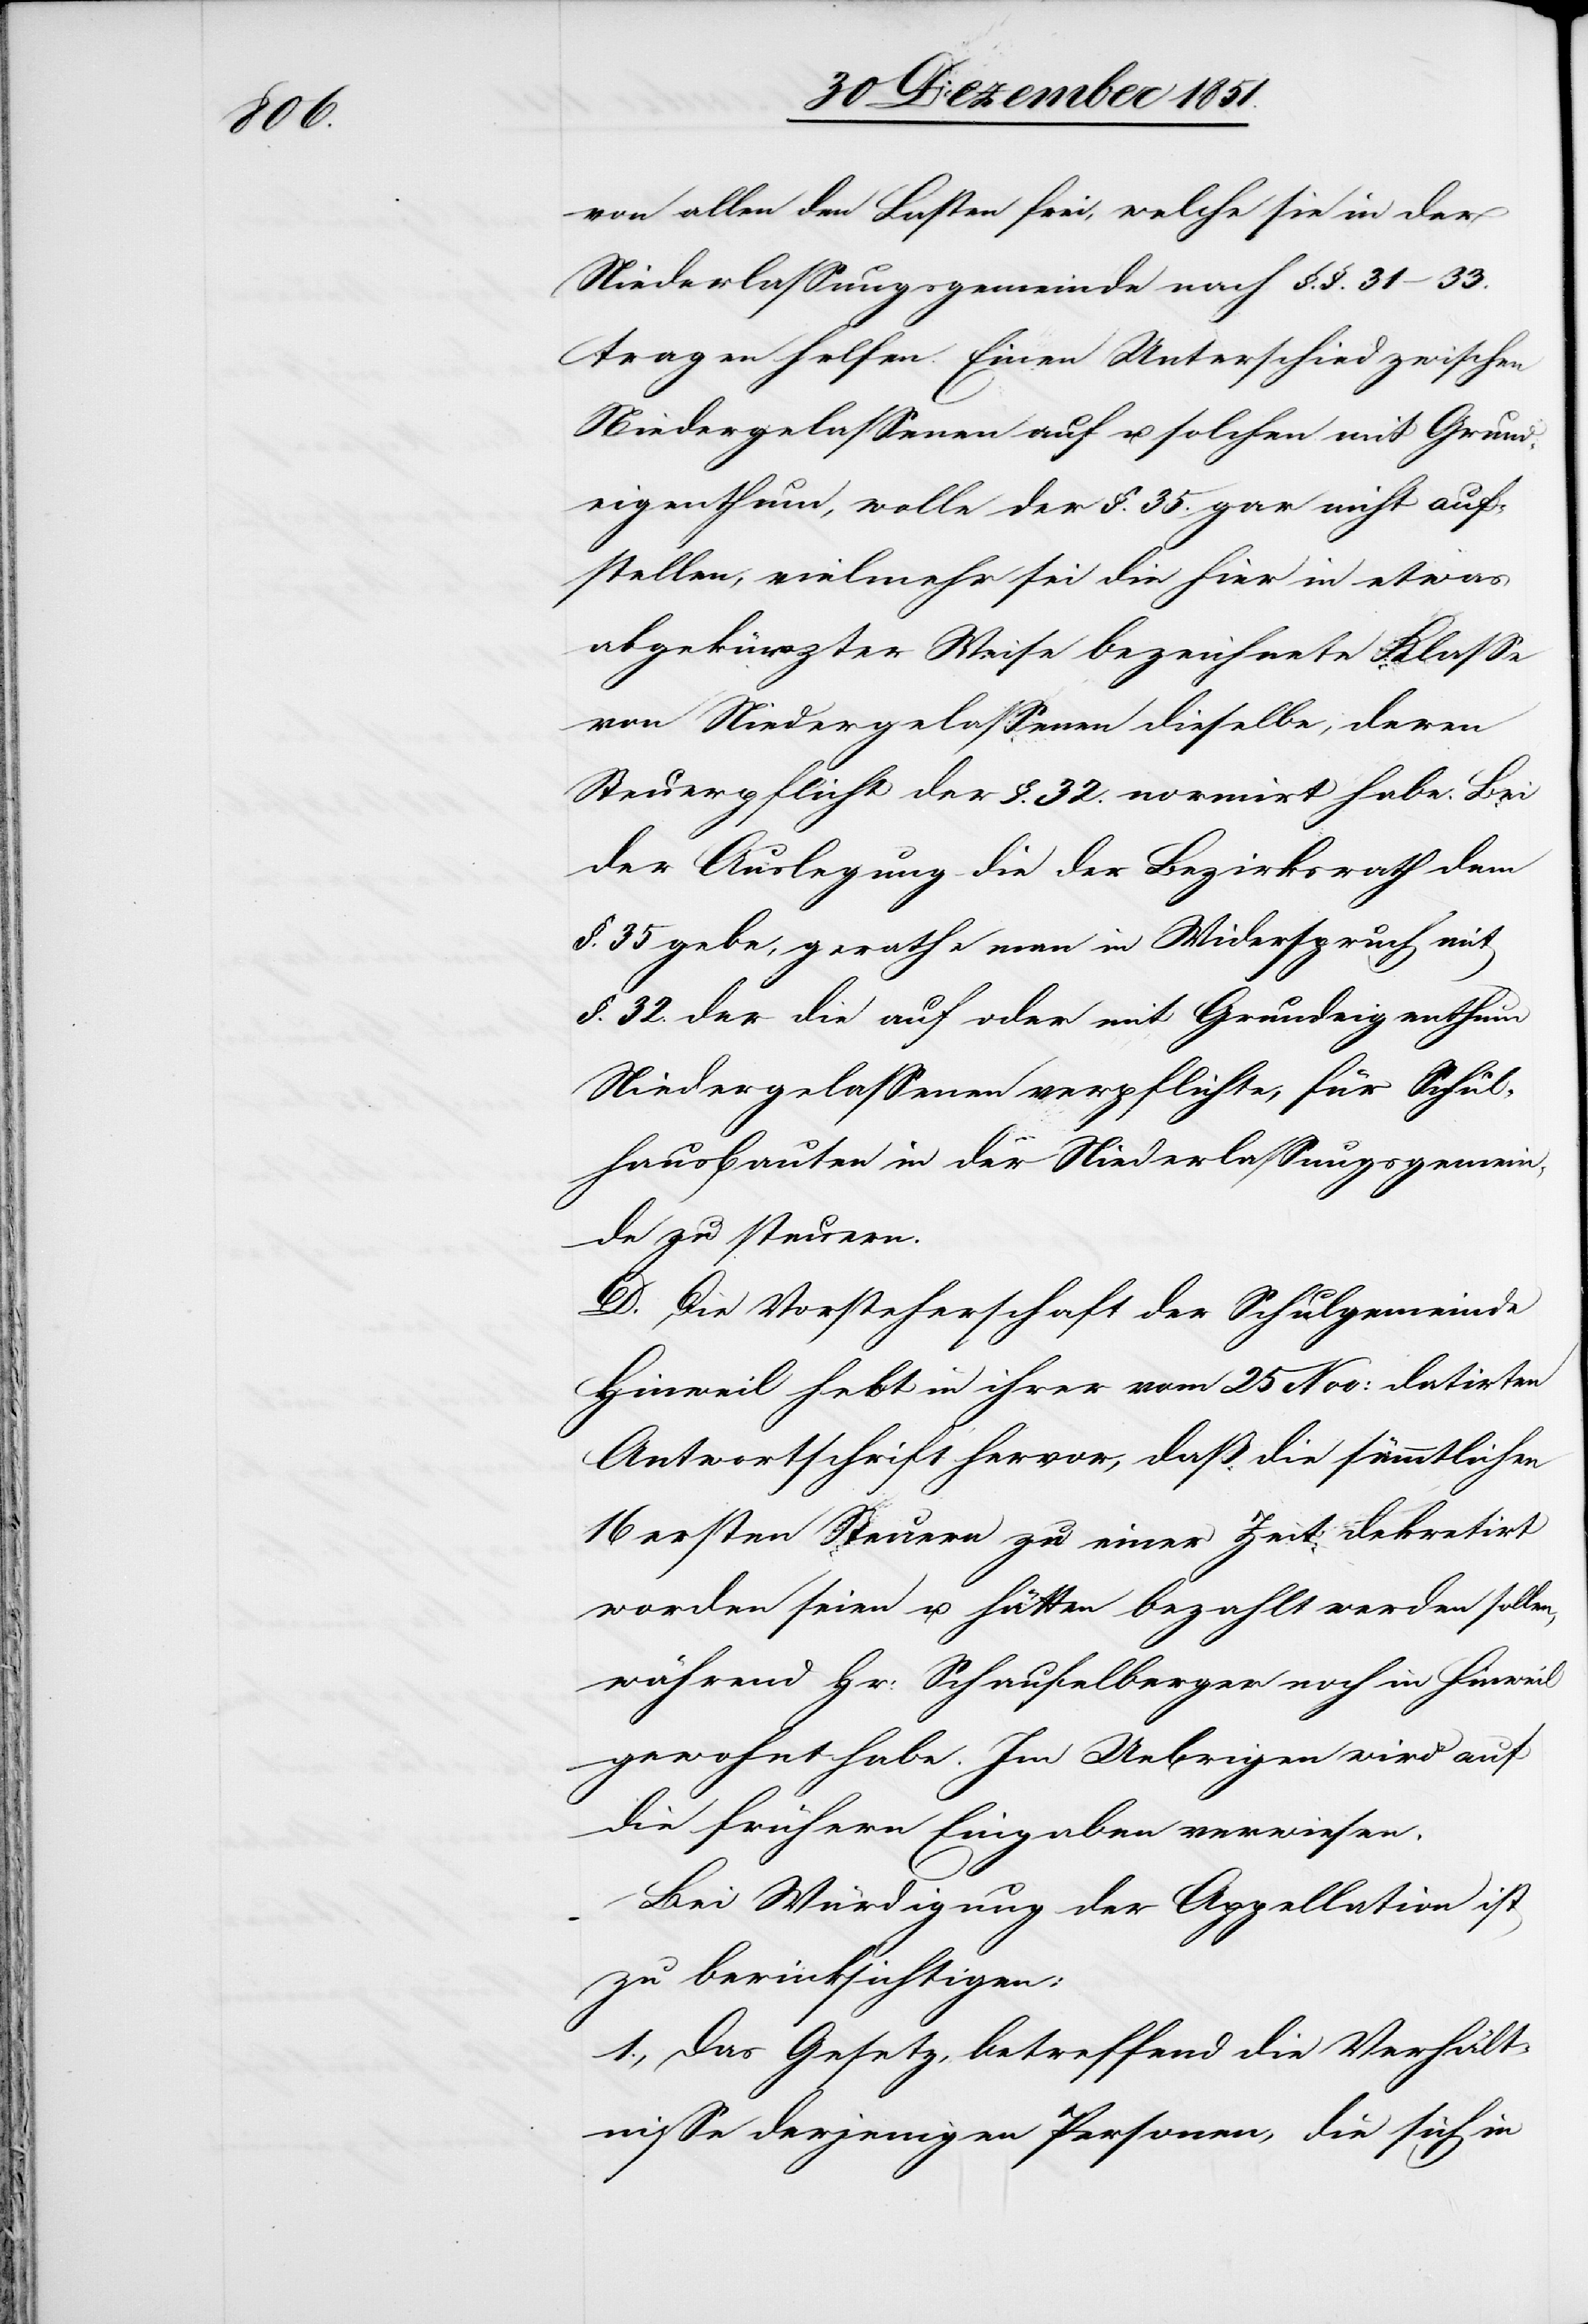
von allen den Lasten frei, welche sie in der
Niederlassungsgemeinde nach §.§. 31–33.
tragen helfen. Einen Unterschied zwischen
Niedergelassenen auf u. solchen mit Grund¬
eigenthum, wolle der §. 35. gar nicht auf¬
stellen, vielmehr sei die hier in etwas
abgekürzter Weise bezeichnete Klasse
von Niedergelassenen dieselbe, deren
Steuerpflicht der §. 32. normirt habe. Bei
der Auslegung die der Bezirksrath dem
§. 35 gebe, gerathe man in Widerspruch mit
§. 32. der die auf oder mit Grundeigenthum
Niedergelassenen verpflichte, für Schul¬
hausbauten in der Niederlassungsgemein¬
de zu steuern.
D. Die Vorsteherschaft der Schulgemeinde
Hinweil hebt in ihrer vom 25 Nov: datirten
Antwortschrift hervor, daß die sämmtlichen
16 ersten Steuern zu einer Zeit dekretirt
worden seien u. hätten bezahlt werden sollen,
während Hr: Schaufelberger noch in Hinweil
gewohnt habe. Im Uebrigen wird auf
die frühern Eingaben verwiesen.
Bei Würdigung der Appellation ist
zu berücksichtigen:
1., Das Gesetz, betreffend die Verhält¬
nisse derjenigen Personen, die sich in